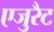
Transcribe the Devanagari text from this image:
एजुरैट